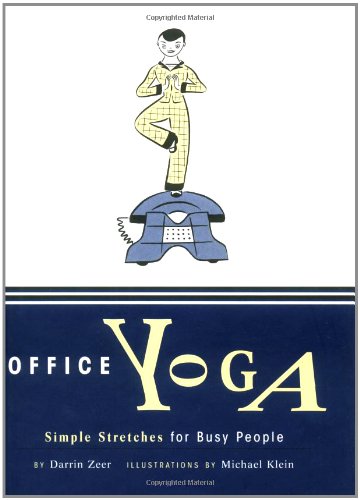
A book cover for Office Yoga: Simple Stretches for Busy People; Darrin Zeer; Health, Fitness & Dieting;